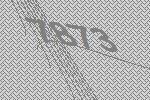
7873